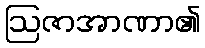
ဩဇာအာဏာ၏